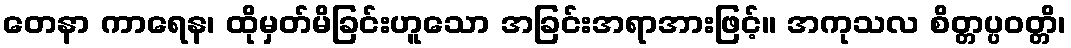
တေနာ ကာရေန၊ ထိုမှတ်မိခြင်းဟူသော အခြင်းအရာအားဖြင့်။ အကုသလ စိတ္တပ္ပဝတ္တိ၊